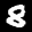
Label: 8